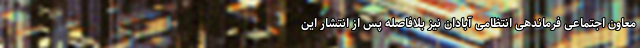
معاون اجتماعی فرماندهی انتظامی آبادان نیز بلافاصله پس از انتشار این